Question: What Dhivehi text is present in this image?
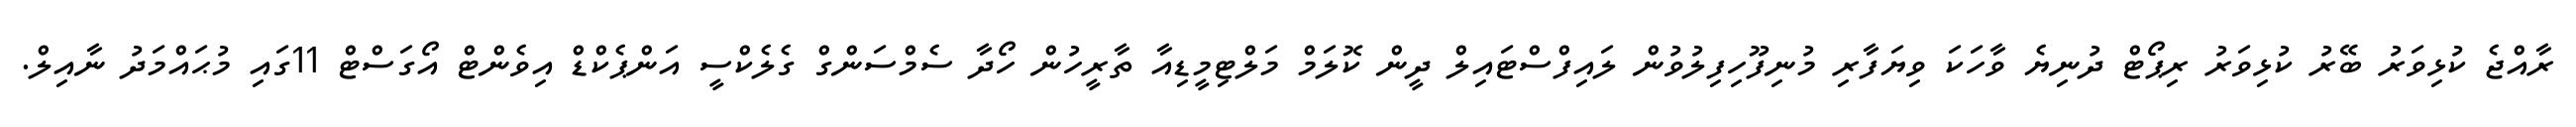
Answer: ރާއްޖެ ކުޅިވަރު ބޭރު ކުޅިވަރު ރިޕޯޓް ދުނިޔެ ވާހަކަ ވިޔަފާރި މުނިފޫހިފިލުވުން ލައިފްސްޓައިލް ދީން ކޮލަމް މަލްޓިމީޑިއާ ތާރީހުން ހޯދާ ސެމްސަންގް ގެލެކްސީ އަންޕެކްޑް އިވެންޓް އޯގަސްޓް 11ގައި މުޙައްމަދު ނާއިލް.